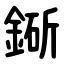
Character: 䤺